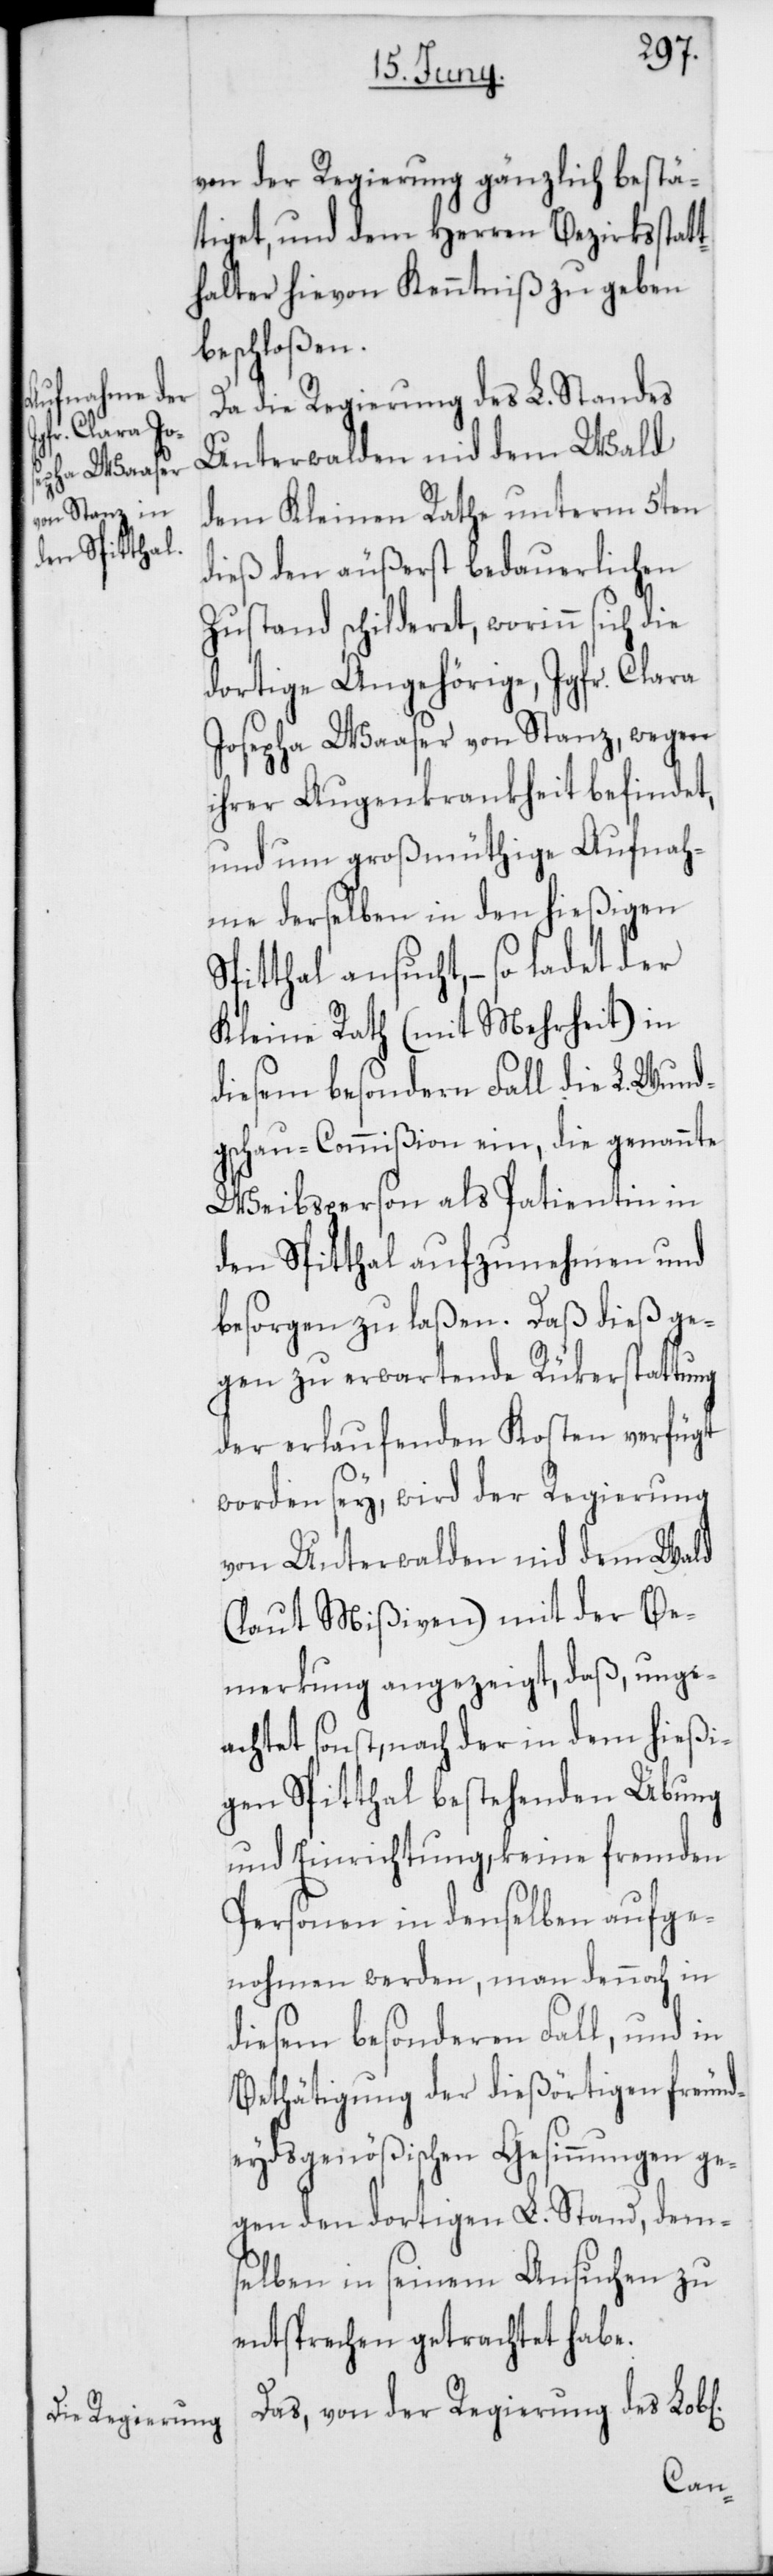
von der Regierung gänzlich bestä¬
tiget, und dem Herren Bezirksstatt¬
halter hievon Kenntniß zu geben
beschloßen.
Da die Regierung des L. Standes
Unterwalden nid dem Wald
dem Kleinen Rathe unterm 5ten
dieß den äußerst bedauerlichen
Zustand schilderet, worinn sich die
dortige Angehörige, Jgfr. Clara
Josepha Waaser von Stanz, wegen
ihrer Augenkrankheit befindet,
und um großmüthige Aufnah¬
me derselben in den hießigen
Spitthal ansucht, – so ladet der
Kleine Rath (mit Mehrheit) in
diesem besonderen Fall die L. Wund¬
gschau-Commißion ein, die genannte
Weibsperson als Patientin in
den Spitthal aufzunehmen und
besorgen zu laßen. Daß dieß ge¬
gen zu erwartende Rükerstattung
der erlaufenden Kosten verfügt
worden sey, wird der Regierung
von Unterwalden nid dem Wald
(laut Mißiven) mit der Be¬
merkung angezeigt, daß, unge¬
achtet sonst, nach der in dem hießi¬
gen Spitthal bestehenden Übung
und Einrichtung, keine fremden
Personen in denselben aufge¬
nohmen werden, man dennoch in
diesem besonderen Fall, und in
Bethätigung der dießörtigen freund¬
eydsgenößischen Gesinnungen ge¬
gen den dortigen L. Stand, dem¬
selben in seinem Ansuchen zu
entsprechen getrachtet habe.
Das, von der Regierung des Lob[l¬
ichen]